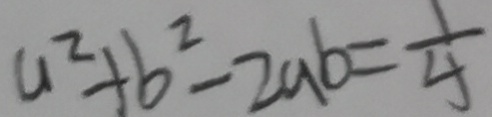
a ^ { 2 } + b ^ { 2 } - 2 a b = \frac { 1 } { 4 }